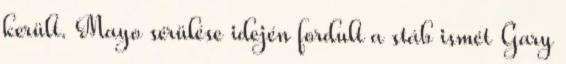
került. Mayo sérülése idején fordult a stáb ismét Gary